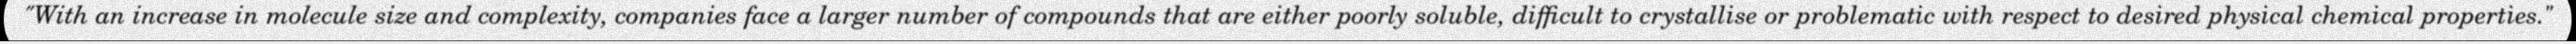
"With an increase in molecule size and complexity, companies face a larger number of compounds that are either poorly soluble, difficult to crystallise or problematic with respect to desired physical chemical properties."